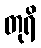
တုရိ